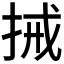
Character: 𢬿